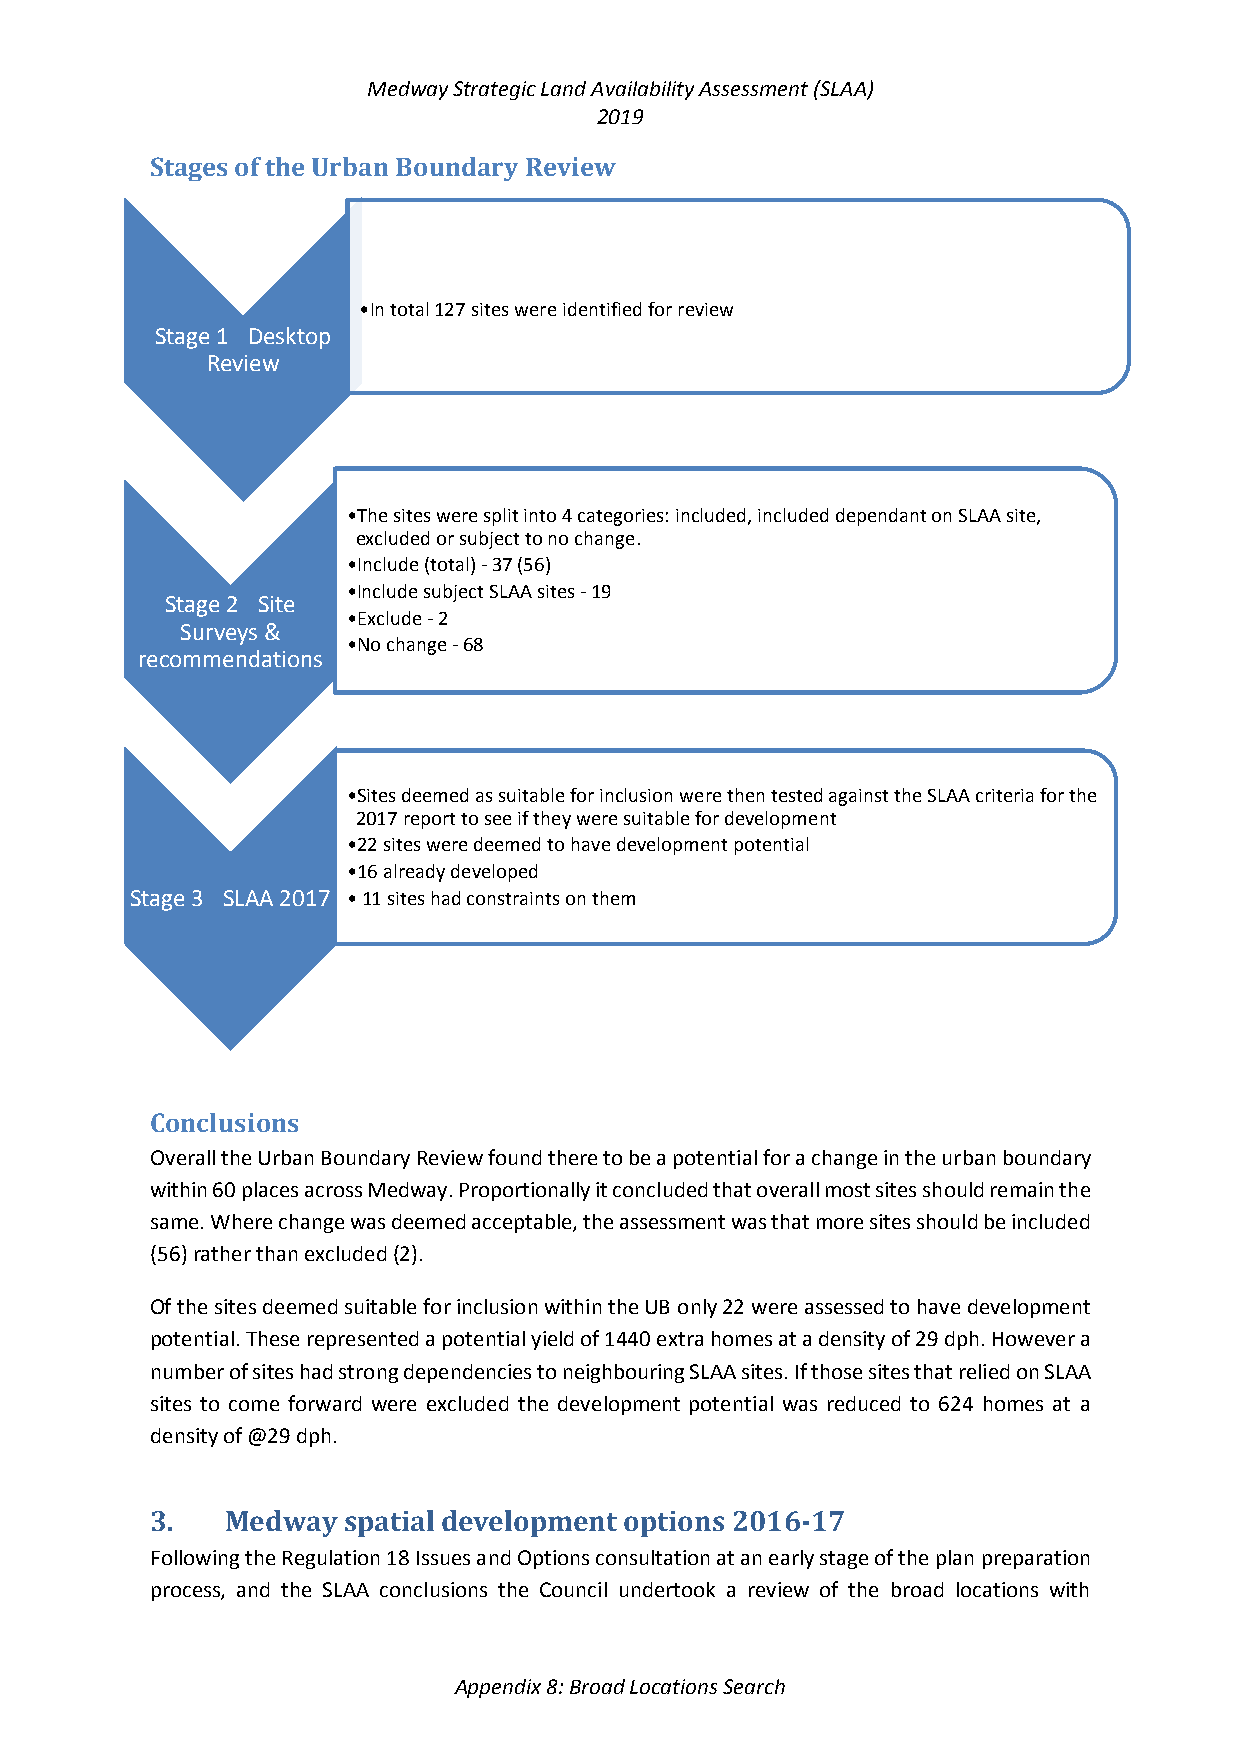
Medway Strategic Land Availability Assessment (SLAA)
 2019
 Stages of the Urban Boundary Review
 •In total 127 sites were identified for review
 Stage 1 -Desktop
 Review
 •The sites were split into 4 categories: included, included dependant on SLAA site,
 excluded or subject to no change.
 •Include (total) -37 (56)
 •Include subject SLAA sites -19
 Stage 2 -Site
 •Exclude -2
 Surveys &
 •No change -68
 recommendations
 •Sites deemed as suitable for inclusion were then tested against the SLAA criteria for the
 2017 report to see if they were suitable for development
 •22 sites were deemed to have development potential
 •16 already developed
 Stage 3 -SLAA 2017 • 11 sites had constraints on them
 Conclusions
 Overall the Urban Boundary Review found there to be a potential for a change in the urban boundary
 within 60 places across Medway. Proportionally it concluded that overall most sites should remain the
 same. Where change was deemed acceptable, the assessment was that more sites should be included
 (56)rather than excluded (2).
 Of the sites deemed suitable for inclusion within the UB only 22 were assessed to have development
 potential. These represented a potential yield of 1440 extra homes at a density of 29 dph. However a
 number of sites had strong dependencies to neighbouring SLAA sites. If those sites that relied on SLAA
 sites to come forward were excluded the development potential was reduced to 624 homes at a
 density of @29 dph.
 3.   Medway  spatial development options 2016-17
 Following the Regulation 18 Issues and Options consultation at an early stage of the plan preparation
 process, and the SLAA conclusions the Council undertook a review of the broad locations with
 Appendix 8: Broad Locations Search